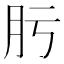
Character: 肟